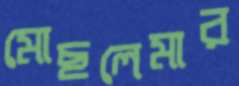
মোছলেমার